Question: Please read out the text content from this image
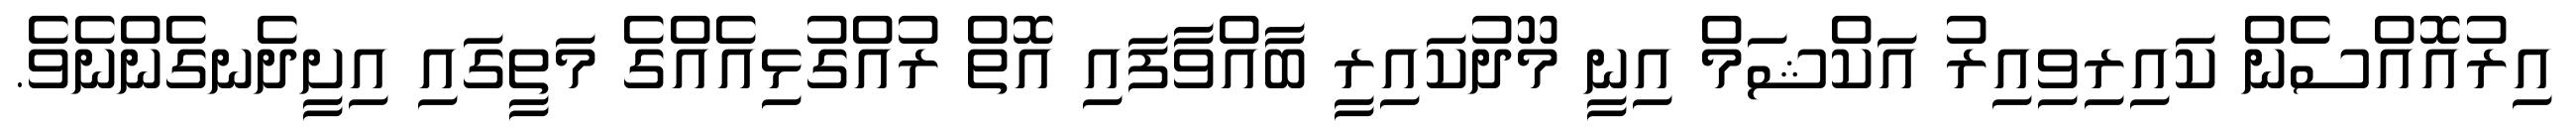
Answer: އިރުއޮއްސެން ކައިރިވިއިރު އަކްޝަމް އިނީ މޫދުކައިރީ ބާއްވާފައި އޮތް ރުއްގުޅިއެއްގެ މަތީގައި އިށީދެނގެންނެވެ.